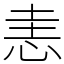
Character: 恚